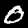
Digit: 0